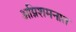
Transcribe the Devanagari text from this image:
अग्निशमनात